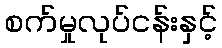
စက်မှုလုပ်ငန်းနှင့်